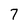
Character: 7